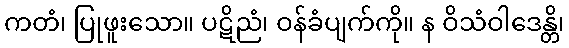
ကတံ၊ ပြုဖူးသော။ ပဋိညံ၊ ဝန်ခံပျက်ကို။ န ဝိသံဝါဒေန္တိ၊